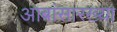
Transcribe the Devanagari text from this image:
आबांसारख्या